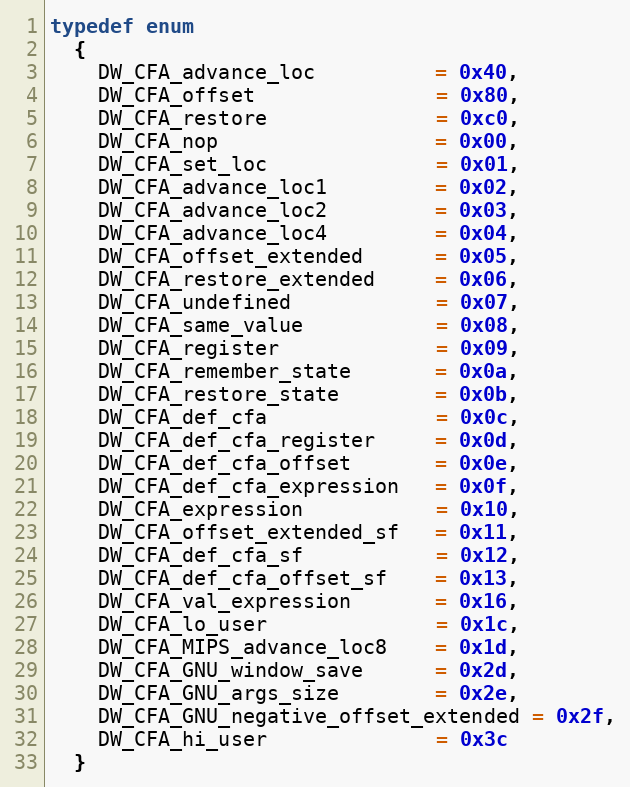
Language: C
typedef enum
  {
    DW_CFA_advance_loc          = 0x40,
    DW_CFA_offset               = 0x80,
    DW_CFA_restore              = 0xc0,
    DW_CFA_nop                  = 0x00,
    DW_CFA_set_loc              = 0x01,
    DW_CFA_advance_loc1         = 0x02,
    DW_CFA_advance_loc2         = 0x03,
    DW_CFA_advance_loc4         = 0x04,
    DW_CFA_offset_extended      = 0x05,
    DW_CFA_restore_extended     = 0x06,
    DW_CFA_undefined            = 0x07,
    DW_CFA_same_value           = 0x08,
    DW_CFA_register             = 0x09,
    DW_CFA_remember_state       = 0x0a,
    DW_CFA_restore_state        = 0x0b,
    DW_CFA_def_cfa              = 0x0c,
    DW_CFA_def_cfa_register     = 0x0d,
    DW_CFA_def_cfa_offset       = 0x0e,
    DW_CFA_def_cfa_expression   = 0x0f,
    DW_CFA_expression           = 0x10,
    DW_CFA_offset_extended_sf   = 0x11,
    DW_CFA_def_cfa_sf           = 0x12,
    DW_CFA_def_cfa_offset_sf    = 0x13,
    DW_CFA_val_expression       = 0x16,
    DW_CFA_lo_user              = 0x1c,
    DW_CFA_MIPS_advance_loc8    = 0x1d,
    DW_CFA_GNU_window_save      = 0x2d,
    DW_CFA_GNU_args_size        = 0x2e,
    DW_CFA_GNU_negative_offset_extended = 0x2f,
    DW_CFA_hi_user              = 0x3c
  }